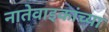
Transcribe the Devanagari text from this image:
नातेवाइकांच्या